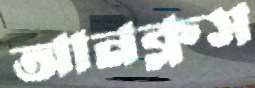
আনক্লস